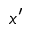
x ^ { \prime }